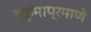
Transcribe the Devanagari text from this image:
हुकुमाप्रमाणे